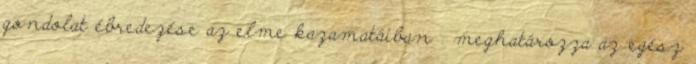
gondolat ébredezése az elme kazamatáiban . meghatározza az egész